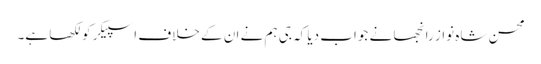
محسن شاہ نواز رانجھا نے جواب دیا کہ جی ہم نے ان کے خلاف اسپیکر کو لکھا ہے۔